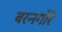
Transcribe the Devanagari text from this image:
बरनगोरे